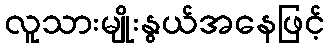
လူသားမျိုးနွယ်အနေဖြင့်